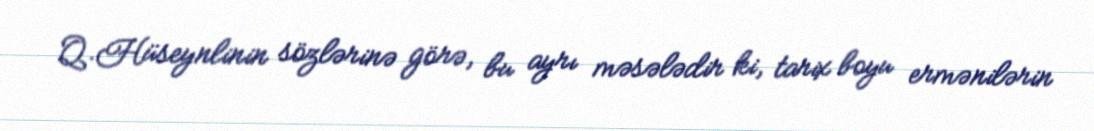
Q.Hüseynlinin sözlərinə görə, bu ayrı məsələdir ki, tarix boyu ermənilərin